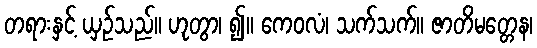
တရားနှင့် ယှဉ်သည်။ ဟုတွာ၊ ၍။ ကေဝလံ၊ သက်သက်။ ဇာတိမတ္တေန၊